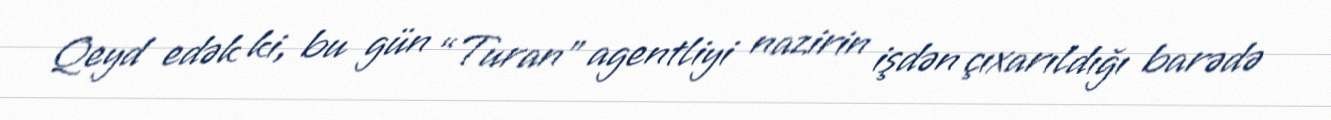
Qeyd edək ki, bu gün “Turan” agentliyi nazirin işdən çıxarıldığı barədə